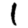
Digit: 1